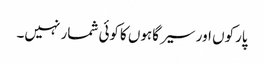
پارکوں اور سیر گاہوں کاکوئی شمار نہیں۔